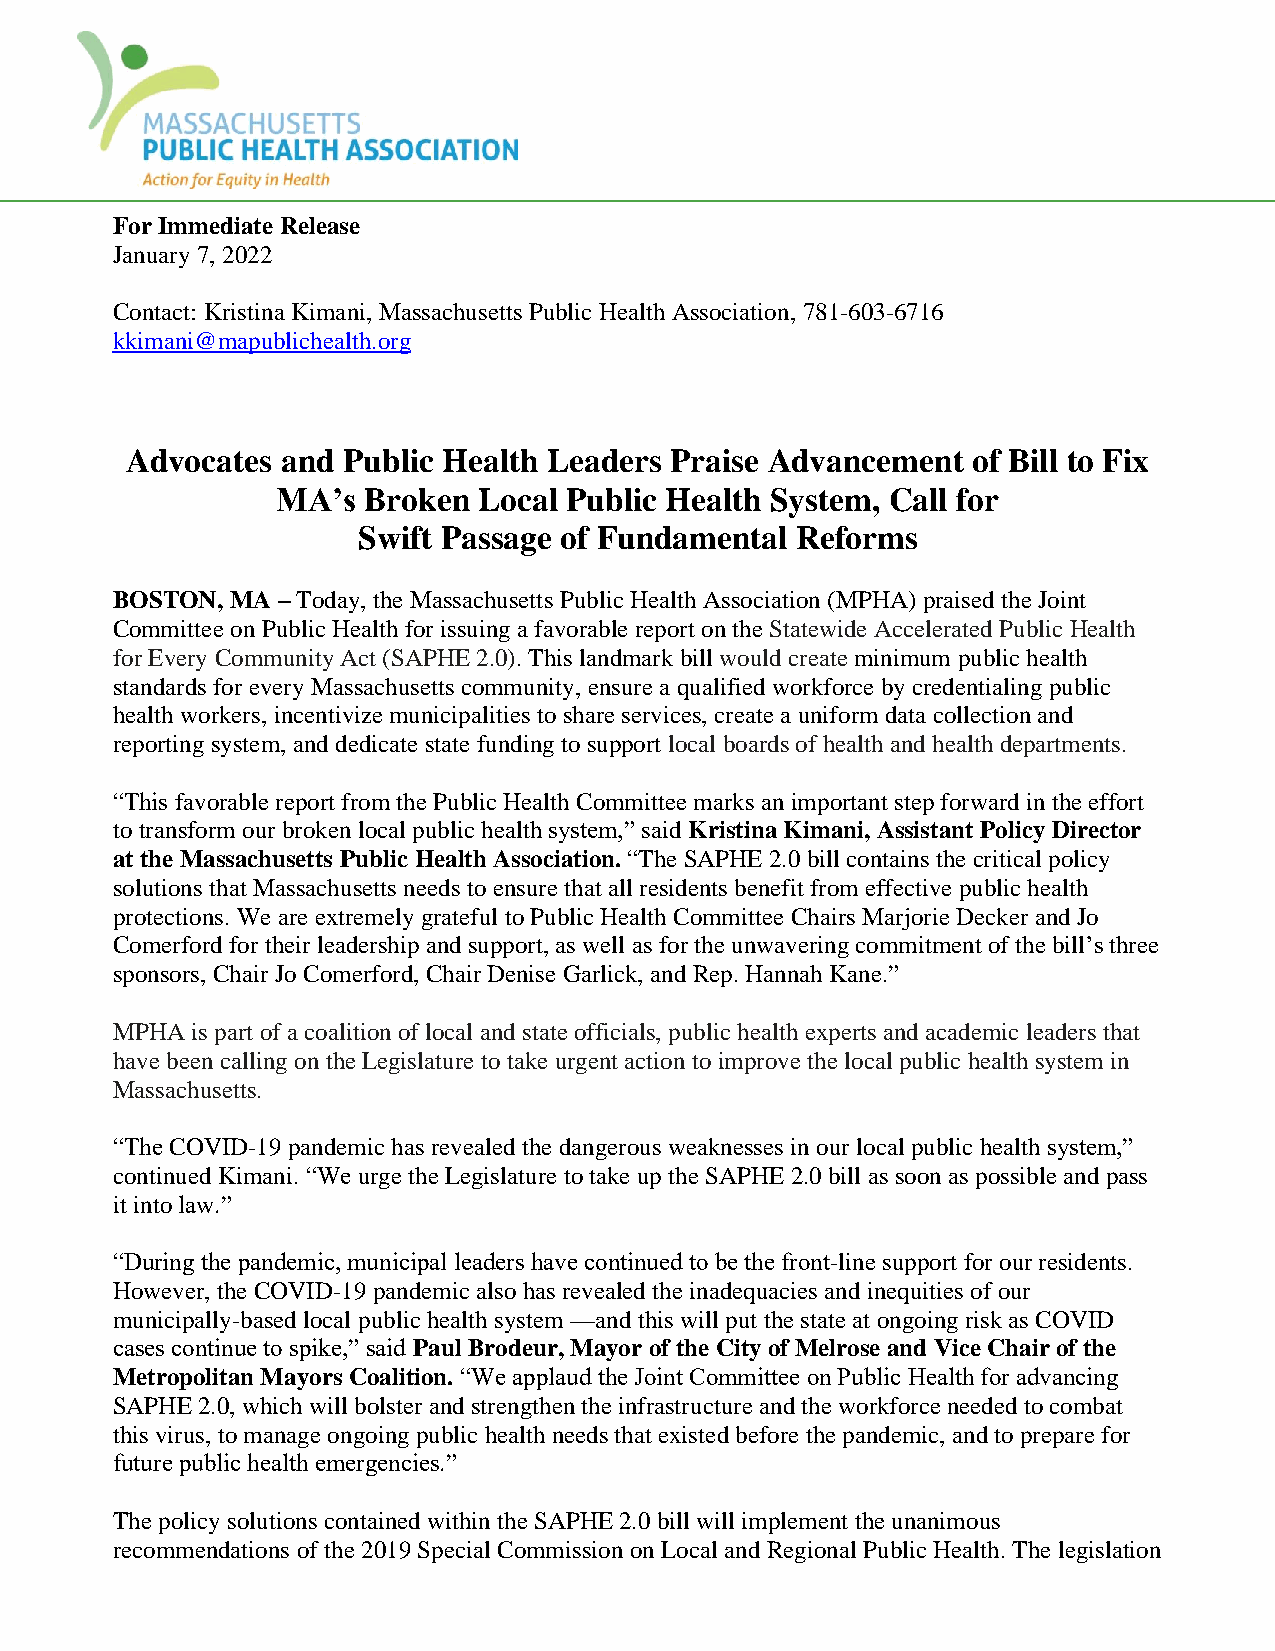
For Immediate Release
 January 7, 2022
 Contact: Kristina Kimani, Massachusetts Public Health Association, 781-603-6716
 kkimani@mapublichealth.org
 Advocates  and Public Health Leaders Praise Advancement of Bill to Fix
 MA’s  Broken  Local Public Health System, Call for
 Swift Passage of Fundamental Reforms
 BOSTON, MA – Today, the Massachusetts Public Health Association (MPHA) praised the Joint
 Committee on Public Health for issuing a favorable report on the Statewide Accelerated Public Health
 for Every Community Act (SAPHE 2.0). This landmark bill would create minimum public health
 standards for every Massachusetts community, ensure a qualified workforce by credentialing public
 health workers, incentivize municipalities to share services, create a uniform data collection and
 reporting system, and dedicate state funding to support local boards of health and health departments.
 “This favorable report from the Public Health Committee marks an important step forward in the effort
 to transform our broken local public health system,” said Kristina Kimani, Assistant Policy Director
 at the Massachusetts Public Health Association. “The SAPHE 2.0 bill contains the critical policy
 solutions that Massachusetts needs to ensure that all residents benefit from effective public health
 protections. We are extremely grateful to Public Health Committee Chairs Marjorie Decker and Jo
 Comerford for their leadership and support, as well as for the unwavering commitment of the bill’s three
 sponsors, Chair Jo Comerford, Chair Denise Garlick, and Rep. Hannah Kane.”
 MPHA  is part of a coalition of local and state officials, public health experts and academic leaders that
 have been calling on the Legislature to take urgent action to improve the local public health system in
 Massachusetts.
 “The COVID-19 pandemic has revealed the dangerous weaknesses in our local public health system,”
 continued Kimani. “We urge the Legislature to take up the SAPHE 2.0 bill as soon as possible and pass
 it into law.”
 “During the pandemic, municipal leaders have continued to be the front-line support for our residents.
 However, the COVID-19 pandemic also has revealed the inadequacies and inequities of our
 municipally-based local public health system —and this will put the state at ongoing risk as COVID
 cases continue to spike,” said Paul Brodeur, Mayor of the City of Melrose and Vice Chair of the
 Metropolitan Mayors Coalition. “We applaud the Joint Committee on Public Health for advancing
 SAPHE 2.0, which will bolster and strengthen the infrastructure and the workforce needed to combat
 this virus, to manage ongoing public health needs that existed before the pandemic, and to prepare for
 future public health emergencies.”
 The policy solutions contained within the SAPHE 2.0 bill will implement the unanimous
 recommendations of the 2019 Special Commission on Local and Regional Public Health. The legislation